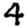
Digit: 4